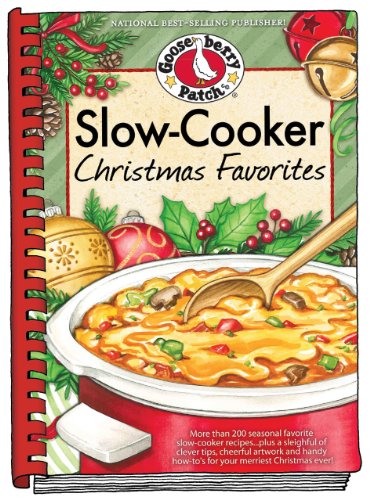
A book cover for Slow-Cooker Christmas Favorites (Seasonal Cookbook Collection); Gooseberry Patch; Cookbooks, Food & Wine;